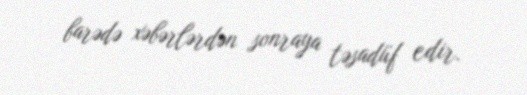
barədə xəbərlərdən sonraya təsadüf edir.